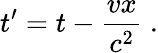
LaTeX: t^{\prime}=t-{\frac{vx}{c^{2}}}\ .